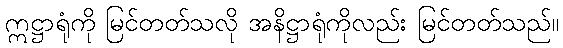
ဣဋ္ဌာရုံကို မြင်တတ်သလို အနိဋ္ဌာရုံကိုလည်း မြင်တတ်သည်။